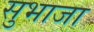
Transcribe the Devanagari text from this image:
सुभाजा